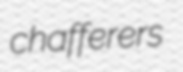
chafferers